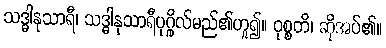
သဒ္ဓါနုသာရီ၊ သဒ္ဓါနုသာရီပုဂ္ဂိုလ်မည်၏ဟူ၍။ ဝုစ္စတိ၊ ဆိုအပ်၏။